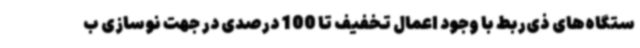
ستگاه‌های ذی‌ربط با وجود اعمال تخفیف تا 100 درصدی در جهت نوسازی ب